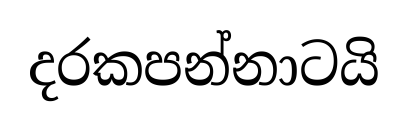
දරකපන්නාටයි